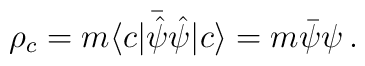
\rho_c=m\langle c|\bar{\hat\psi}{\hat\psi}|c \rangle= m \bar\psi \psi \, .